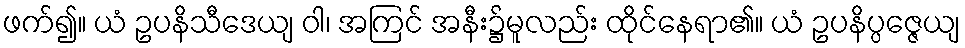
ဖက်၍။ ယံ ဥပနိသီဒေယျ ဝါ၊ အကြင် အနီး၌မူလည်း ထိုင်နေရာ၏။ ယံ ဥပနိပ္ပဇ္ဇေယျ